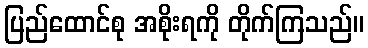
ပြည်ထောင်စု အစိုးရကို တိုက်ကြသည်။